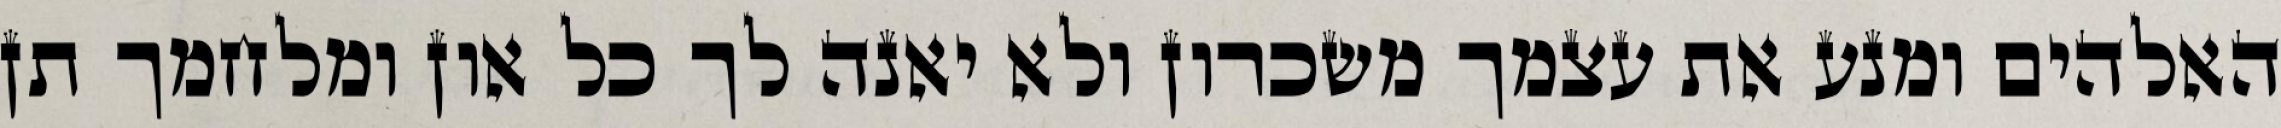
האלהים ומנע את עצמך משכרון ולא יאנה לך כל און ומלחמך תן